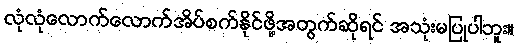
လုံလုံလောက်လောက်အိပ်စက်နိုင်ဖို့အတွက်ဆိုရင် အသုံးမပြုပါဘူး။